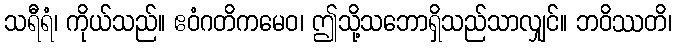
သရီရံ၊ ကိုယ်သည်။ ဧဝံဂတိကမေဝ၊ ဤသို့သဘောရှိသည်သာလျှင်။ ဘဝိဿတိ၊